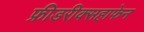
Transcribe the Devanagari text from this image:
फ्रीडरीक्सहाफेन